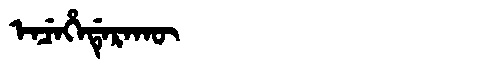
Manchu: ᡝᠨᠴᡝᡥᡝᡩᡝᡵᠠᡴᡡ
Romanization: ENCEHEDERAKŪ